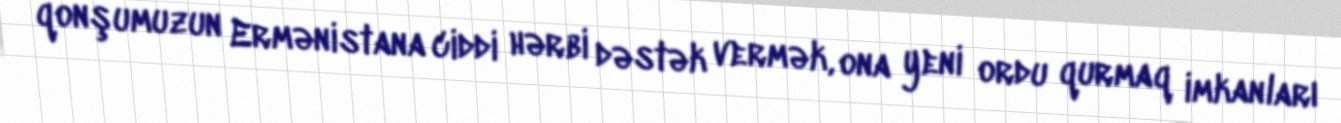
qonşumuzun Ermənistana ciddi hərbi dəstək vermək, ona yeni ordu qurmaq imkanları